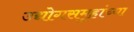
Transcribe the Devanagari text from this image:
उद्योगसमुहांच्या